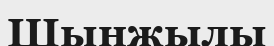
Шынжылы